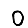
Digit: 0